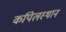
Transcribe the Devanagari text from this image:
कपिलस्थान